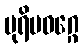
ပုရိမဝဂ္ဂေ